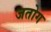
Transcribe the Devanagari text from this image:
जतोग